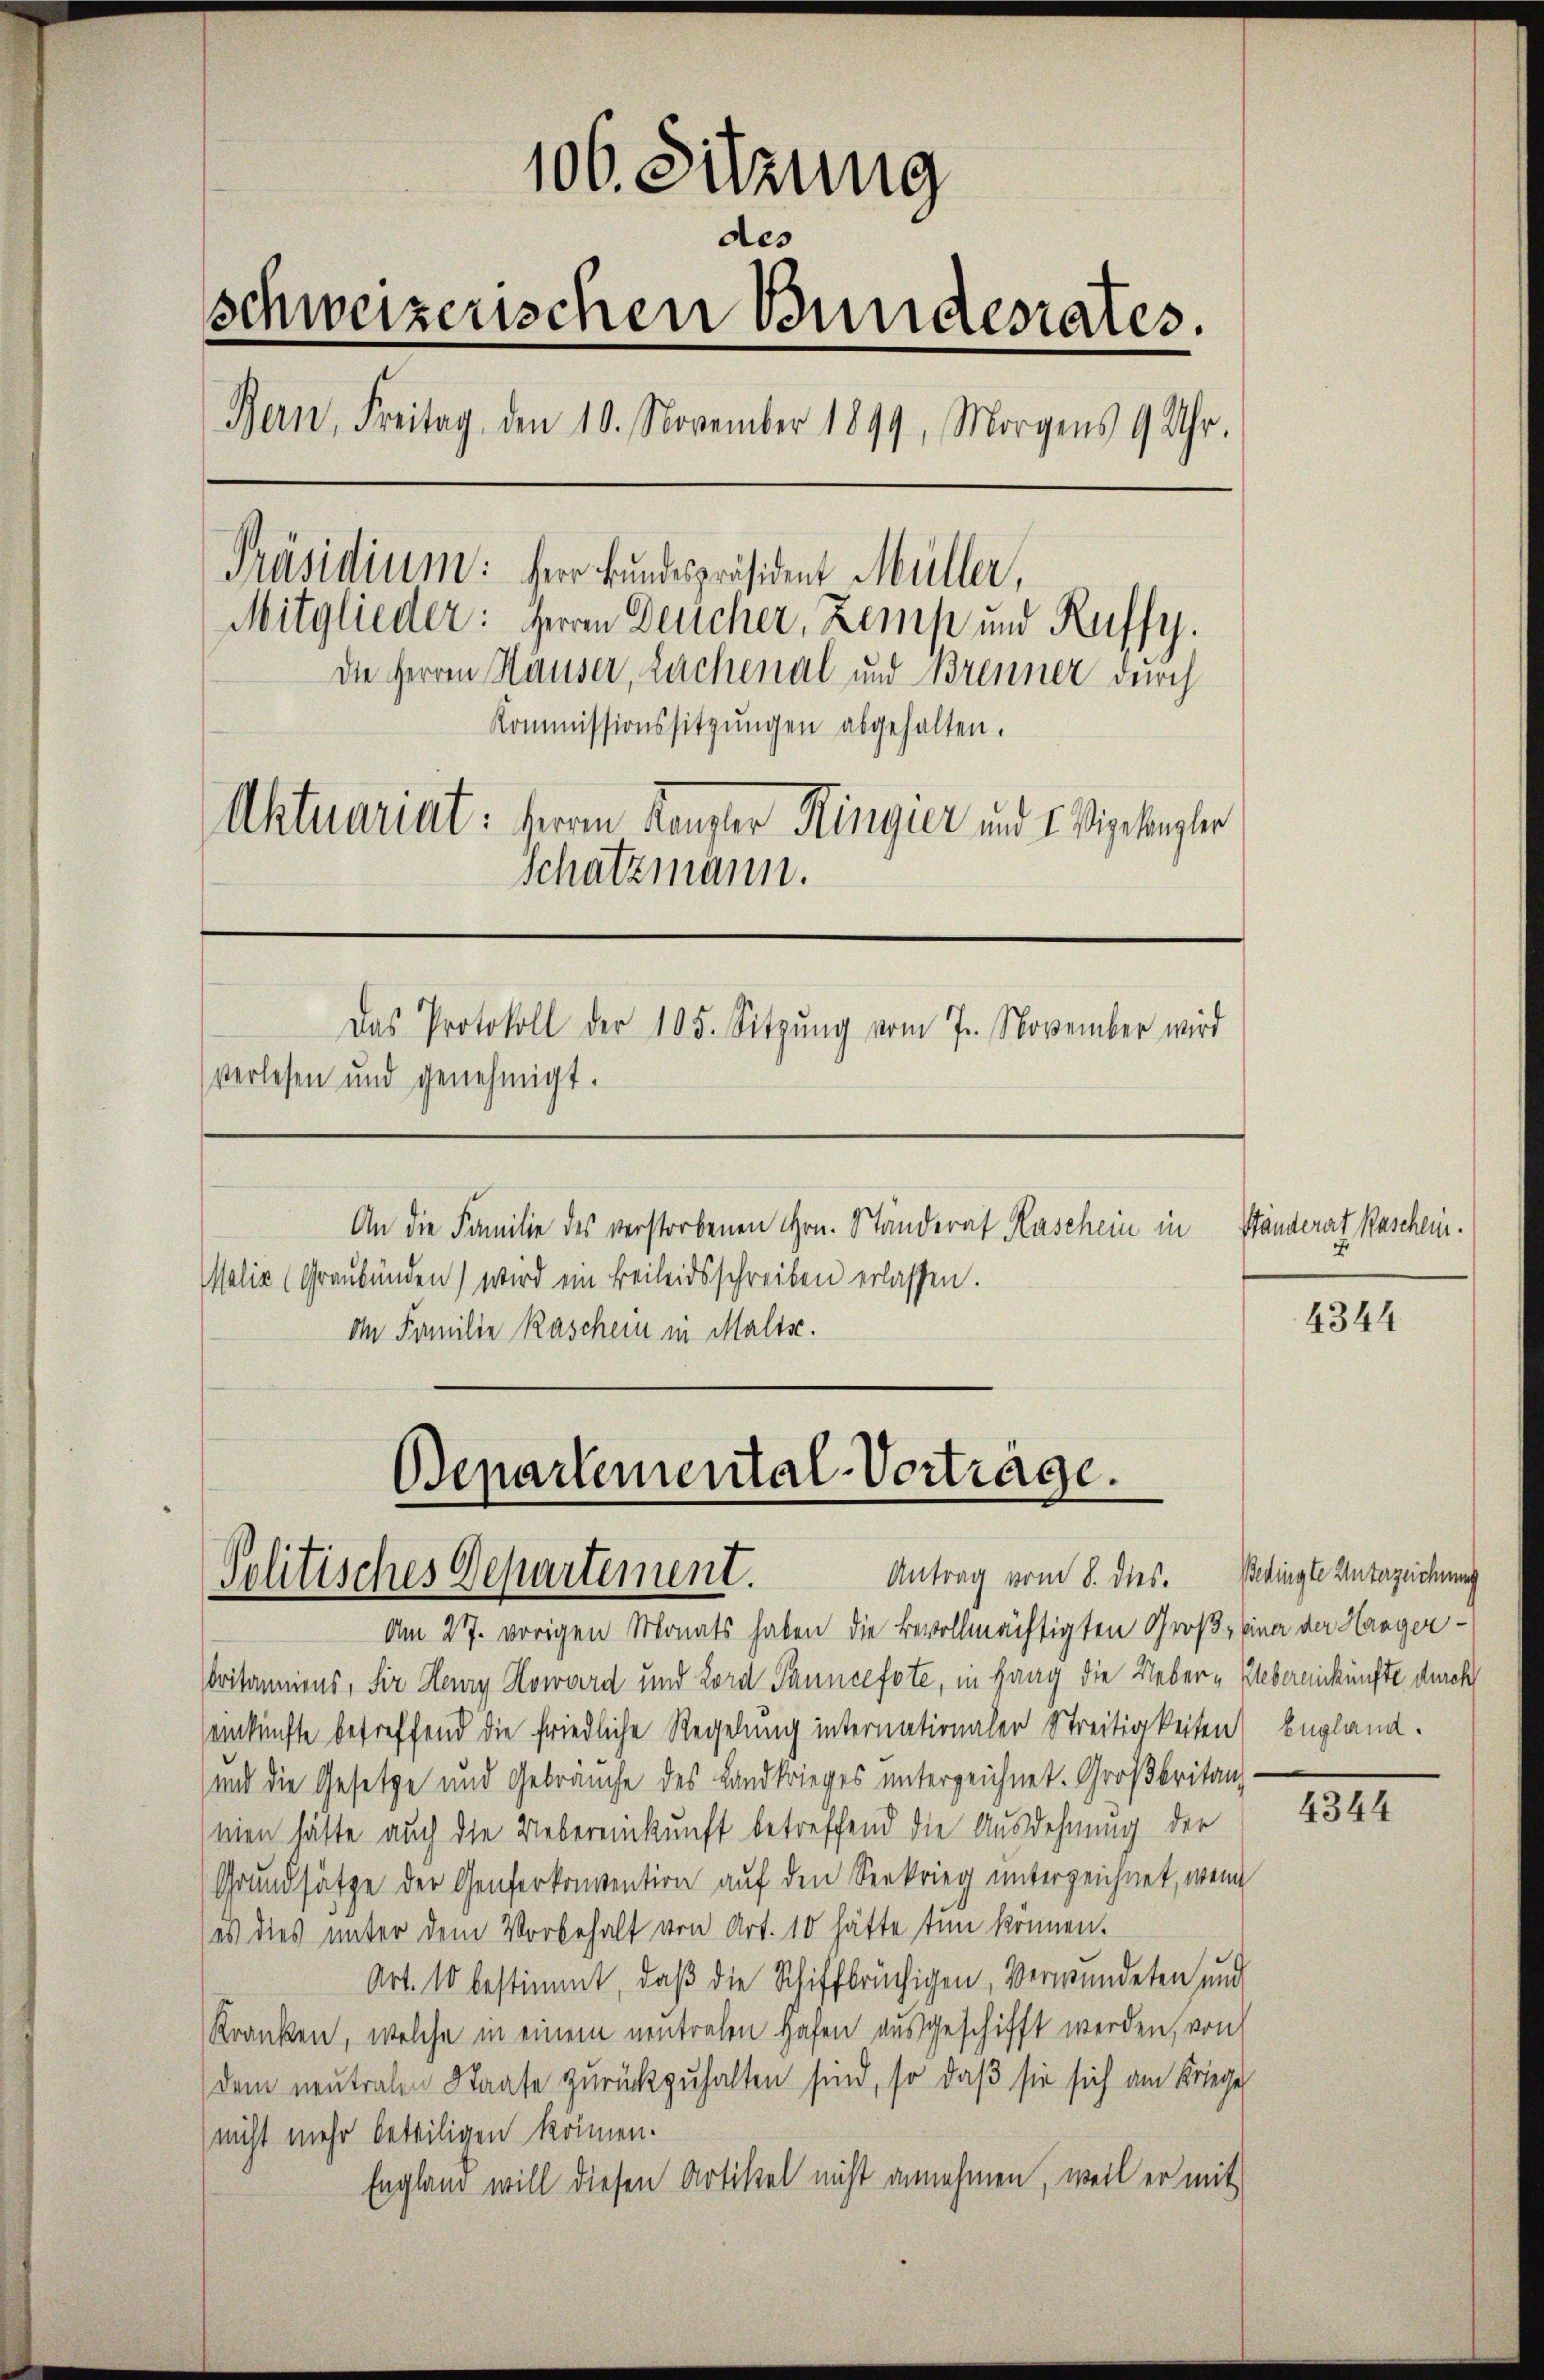
106. Sitzung
des
schweizerischen Bundesrates.
Bern, Freitag, den 10. November 1899, Morgens 9 Uhr.
Präsidium: Herr Bundespräsident Müller,
Mitglieder: Herrn Deucher, Zemp und Ruffy.
Die Herren Häuser, Lachenal und Brenner durch
Kommissionssitzŭngen abgehalten.
Aktuariat: Herren Kanzler Ringier und E. Sigelangler
Schatzmann.

Das Protokoll der 105. Sitzŭng vom 7. November wird

verlesen und genehmigt.
An die Familie des verstorbenen Hrn. Ständerat Raschein in
Malia (Graubünden) wird ein Beileidsschreiben erlassen.

d Familie Raschein in Maltsc

Am 27. vorigen Monats haben die Bevollmächtigten Groß, einer der Haager¬
Critannions, Sir Henry Howard und Lord Tanncefote, in Gang die Ueber-Uebereinkünfte durch
ankünfte betreffend die friedliche Regelung internationaler Streitigkeiten England.
und die Gesetze und Gebräuche des Landkrieges unterzeichnet. Großbritan
mien hätte auch die Uebereinkunft betreffend die Ausdehnung der
Grundsätze der Genferkonvention auf den Seekrieg unterzeichnet, wenn
es dies unter dem Vorbehalt von Art. 10 hätte tun können.
Art. 10 bestimmt, daß die Schiffbrüchigen Verwendeten und
Kranken, welche in einem neutralen Hafen ausgeschifft werden, von
dem neutralen Staate zurückzuhalten sind, so daß sie sich am Kriege
nicht mehr beteiligen können.
England will diesen Artikel nicht annehmen, weil er mit

Departemental-Vorträge.
Antrag vom 8. dies. Bedingte Unterzeichnung
Politisches Departement.

Ständerart Paschein.

4344

4344